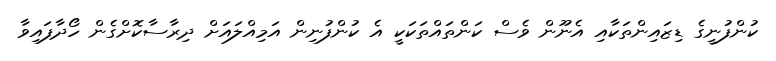
ކުންފުނީގެ ޑިޒައިންތަކާއި އެނޫން ވެސް ކަންތައްތަކަކީ އެ ކުންފުނިން އަމިއްލައަށް ދިރާސާކޮށްގެން ހޯދާފައިވާ